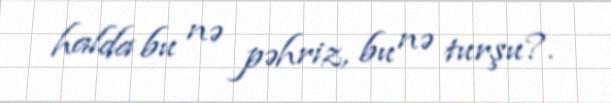
halda bu nə pəhriz, bu nə turşu?.